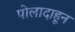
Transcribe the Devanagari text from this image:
पोलादाहून